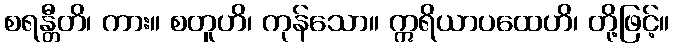
စရန္တီတိ၊ ကား။ စတူဟိ၊ ကုန်သော။ ဣရိယာပထေဟိ၊ တို့ဖြင့်။